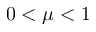
0 < \mu < 1